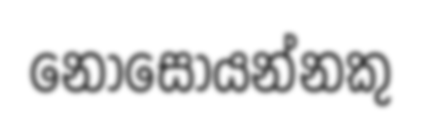
නොසොයන්නකු